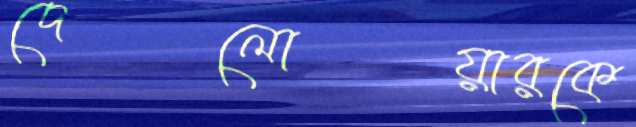
দেলোয়ারকে